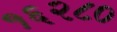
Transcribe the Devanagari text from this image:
१६२८०